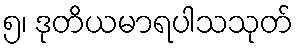
၅၊ ဒုတိယမာရပါသသုတ်